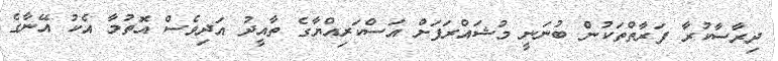
ދިރާސާކުރާ ފަރާތްތަކުން ބުނަނީ މުޝައްރަފަށް އަސްކަރިއްޔާގެ ތާއީދު އަދިވެސް އޮތުމާ އެކު އޭނާގެ